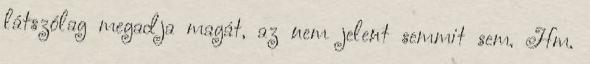
látszólag megadja magát, az nem jelent semmit sem. Hm.